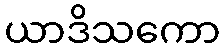
ယာဒိသကော